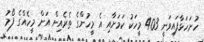
ހުށަހަޅާފައިވަނީ 403 މީހަކު ކަމަށާއި އެ މީހުންގެ ތެރެއިން އަށް މީހެއްގެ ފޯމު